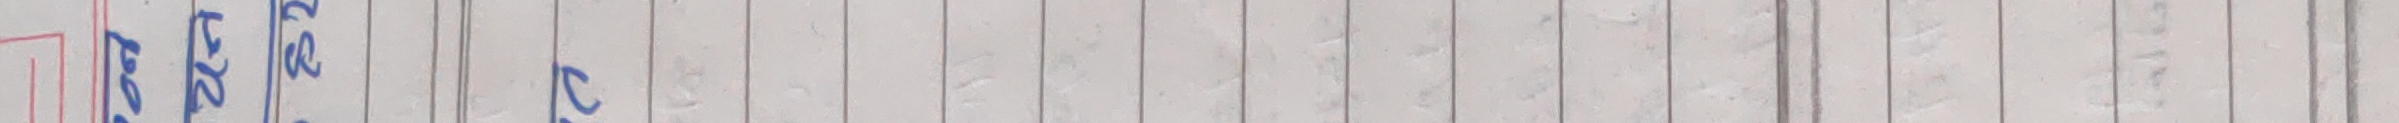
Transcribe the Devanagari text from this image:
1 अंक बैरर स